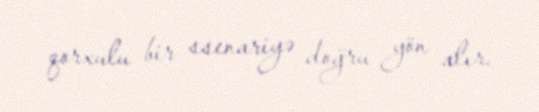
qorxulu bir ssenariyə doğru yön alır.